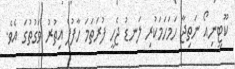
ކޫޓީނިއޯ ނަތިޖާ ހަމަހަމަކުރި ލަނޑު ޖެހީ ފުރަތަމަ ހާފުފެ އިތުރު ވަގުތުގަ އެވެ.